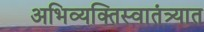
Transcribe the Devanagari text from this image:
अभिव्यक्तिस्वातंत्र्यात